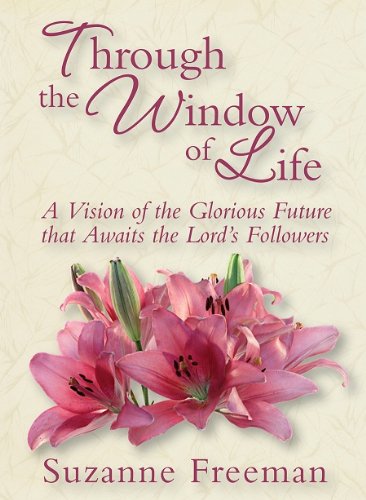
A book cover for Through the Window of Life; Suzanne Freeman; Christian Books & Bibles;